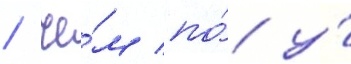
/ че́м по́ у́